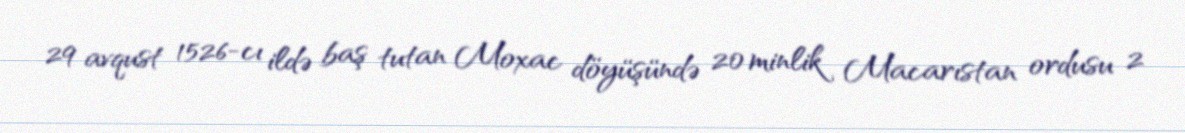
29 avqust 1526-cı ildə baş tutan Moxac döyüşündə 20 minlik Macarıstan ordusu 2